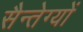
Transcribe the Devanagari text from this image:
सैन्तेग्यों